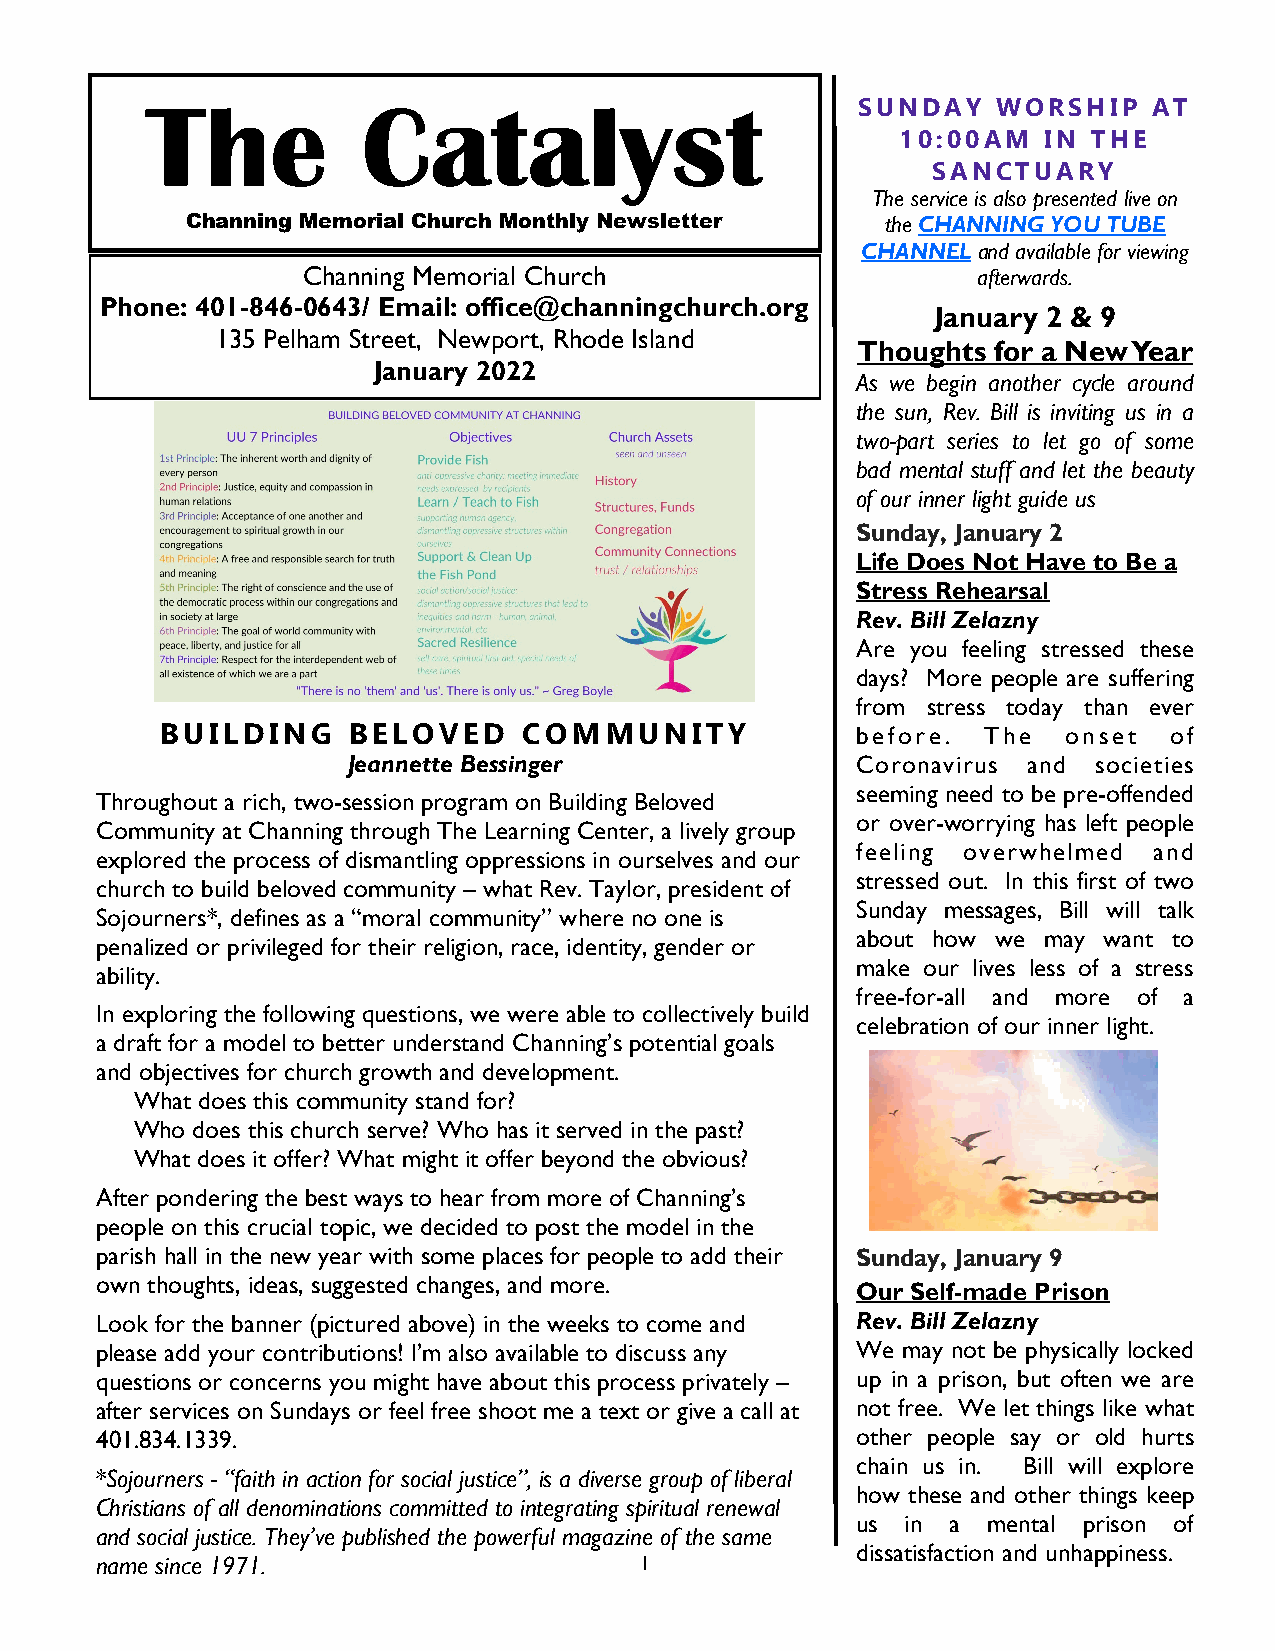
The           Catalyst
 SUNDAY   WORSHIP   AT
 10:00AM  IN THE
 SANCTUARY
 The service is also presented live on
 Channing Memorial Church Monthly Newsletter    the CHANNING YOU TUBE
 CHANNEL and available for viewing
 Channing Memorial Church                     afterwards.
 Phone: 401-846-0643/ Email: office@channingchurch.org
 January 2 & 9
 135 Pelham Street, Newport, Rhode Island
 Thoughts for a New Year
 January 2022
 As we begin another cycle around
 the sun, Rev. Bill is inviting us in a
 two-part series to let go of some
 bad mental stuff and let the beauty
 of our inner light guide us
 Sunday, January 2
 Life Does Not Have to Be a
 Stress Rehearsal
 Rev. Bill Zelazny
 Are you feeling stressed these
 days? More people are suffering
 from stress today than ever
 BUILDING    BELOVED     COMMUNITY             before. The   onset of
 Jeannette Bessinger               Coronavirus and societies
 seeming need to be pre-offended
 Throughout a rich, two-session program on Building Beloved
 or over-worrying has left people
 Community at Channing through The Learning Center, a lively group
 feeling overwhelmed and
 explored the process of dismantling oppressions in ourselves and our
 stressed out. In this first of two
 church to build beloved community – what Rev. Taylor, president of
 Sunday messages, Bill will talk
 Sojourners*, defines as a “moral community” where no one is
 about how we may want to
 penalized or privileged for their religion, race, identity, gender or
 make our lives less of a stress
 ability.
 free-for-all and more of a
 In exploring the following questions, we were able to collectively build
 celebration of our inner light.
 a draft for a model to better understand Channing’s potential goals
 and objectives for church growth and development.
 What does this community stand for?
 Who does this church serve? Who has it served in the past?
 What does it offer? What might it offer beyond the obvious?
 After pondering the best ways to hear from more of Channing’s
 people on this crucial topic, we decided to post the model in the
 parish hall in the new year with some places for people to add their Sunday, January 9
 own thoughts, ideas, suggested changes, and more.
 Our Self-made Prison
 Look for the banner (pictured above) in the weeks to come and Rev. Bill Zelazny
 please add your contributions! I’m also available to discuss any We may not be physically locked
 questions or concerns you might have about this process privately – up in a prison, but often we are
 after services on Sundays or feel free shoot me a text or give a call at not free. We let things like what
 401.834.1339.                                      other people say or old hurts
 chain us in. Bill will explore
 *Sojourners - “faith in action for social justice”, is a diverse group of liberal
 how these and other things keep
 Christians of all denominations committed to integrating spiritual renewal
 us in a mental prison of
 and social justice. They’ve published the powerful magazine of the same
 dissatisfaction and unhappiness.
 name since 1971.                    1